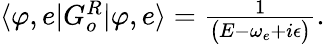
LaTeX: \begin{array}{r}{\langle\varphi,e|G_{o}^{R}|\varphi,e\rangle=\frac{1}{\big(E-\omega_{e}+i\epsilon\big)}.}\end{array}